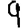
Digit: 9